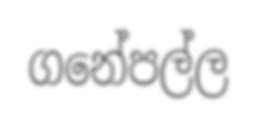
ගනේපල්ල